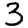
Digit: 3